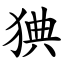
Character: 猠